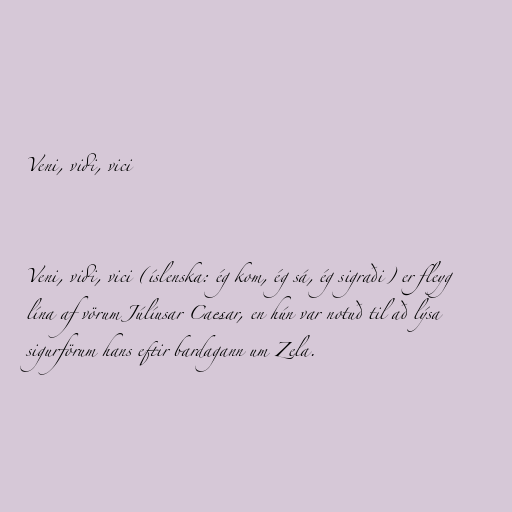
Veni, vidi, vici

Veni, vidi, vici (íslenska: ég kom, ég sá, ég sigraði) er fleyg
lína af vörum Júlíusar Caesar, en hún var notuð til að lýsa
sigurförum hans eftir bardagann um Zela.